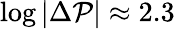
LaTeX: \log|\Delta\mathcal{P}|\approx2.3